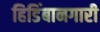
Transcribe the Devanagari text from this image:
हिडिंबानगारी